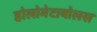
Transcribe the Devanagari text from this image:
होलोमेटाबोलस